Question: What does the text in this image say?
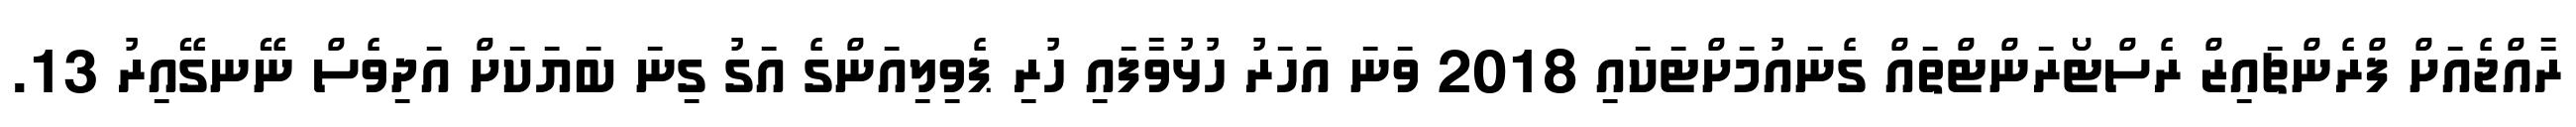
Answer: ރާއްޖެއަށް ފްރެންޗައިޒް ރެސްޓޯރަންޓްތައް ގެނައުމަށްޓަކައި 2018 ވަނަ އަހަރު ހުޅުވާފައި ހުރި ޕެވިލިއަންގެ އަގު ގިނަ ބަޔަކަށް އަދިވެސް ނޭނގޭއިރު 13.